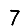
Digit: 7